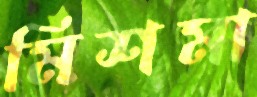
মিশমা